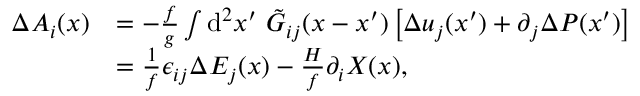
\begin{array} { r l } { \Delta A _ { i } ( x ) } & { = - \frac { f } { g } \int \ensuremath { \operatorname { d } \! ^ { 2 } } x ^ { \prime } \ \tilde { G } _ { i j } ( x - x ^ { \prime } ) \left[ \Delta u _ { j } ( x ^ { \prime } ) + \partial _ { j } \Delta P ( x ^ { \prime } ) \right] \, } \\ & { = { \frac { 1 } { f } } \epsilon _ { i j } \Delta E _ { j } ( x ) - { \frac { H } { f } } \partial _ { i } { \cal X } ( x ) , } \end{array}